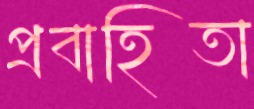
প্রবাহিতা